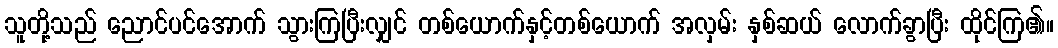
သူတို့သည် ညောင်ပင်အောက် သွားကြပြီးလျှင် တစ်ယောက်နှင့်တစ်ယောက် အလှမ်း နှစ်ဆယ် လောက်ခွာပြီး ထိုင်ကြ၏။